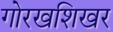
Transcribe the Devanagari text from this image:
गोरखशिखर